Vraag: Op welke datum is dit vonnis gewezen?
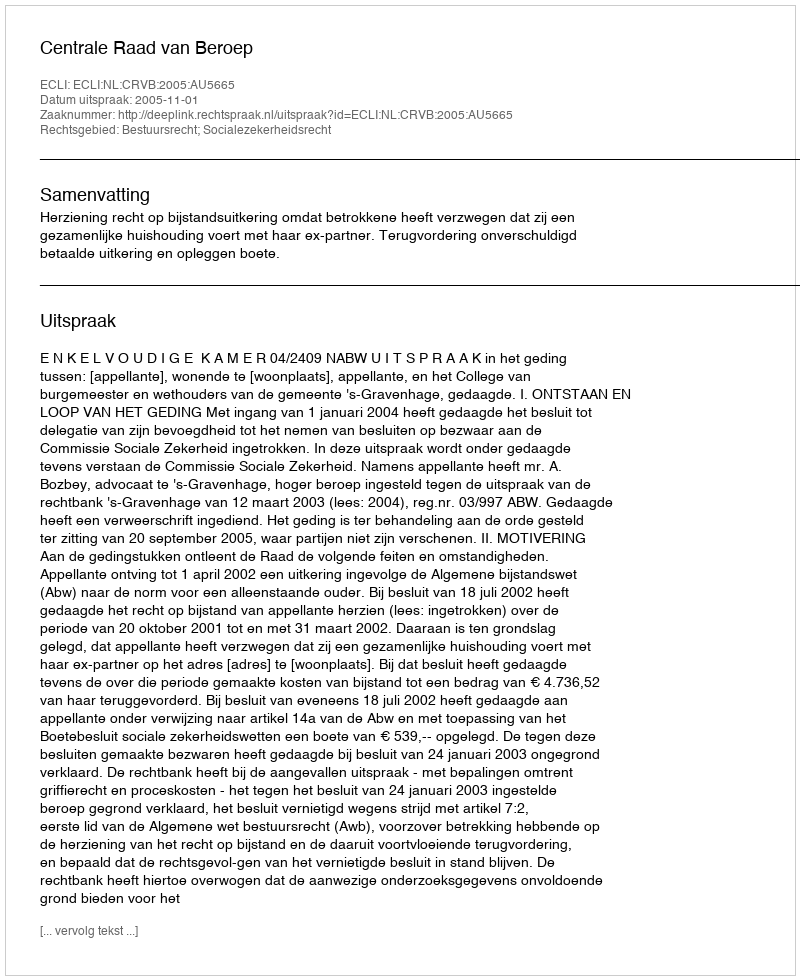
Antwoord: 2005-11-01